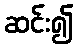
ဆင်း၍